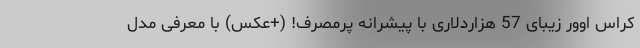
کراس اوور زیبای 57 هزاردلاری با پیشرانه پرمصرف! (+عکس) با معرفی مدل